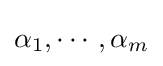
\alpha _{1},\cdots ,\alpha _{m}